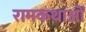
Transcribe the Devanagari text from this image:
रामकथाओं